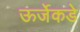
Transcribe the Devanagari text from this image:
ऊर्जेकडे